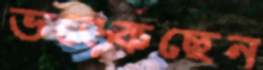
ভড়্‌কেছেন